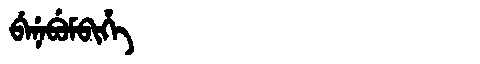
Manchu: ᠪᡝᠨᡝᠪᡠᠮᠪᡳᡥᡝ
Romanization: BENEBUMBIHE